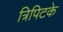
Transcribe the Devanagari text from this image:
त्रिपिटके